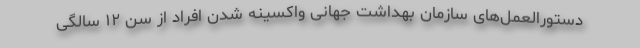
دستورالعمل‌های سازمان بهداشت جهانی واکسینه شدن افراد از سن ۱۲ سالگی